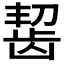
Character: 𫜩